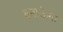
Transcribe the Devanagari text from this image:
बनाऊॅगा